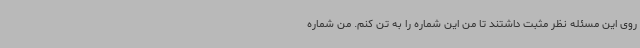
روی این مسئله نظر مثبت داشتند تا من این شماره را به تن کنم. من شماره